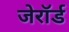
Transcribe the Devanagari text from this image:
जेरॉर्ड